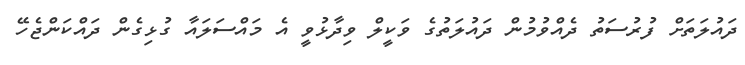
ދައުލަތަށް ފުރުސަތު ދެއްވުމުން ދައުލަތުގެ ވަކީލް ވިދާޅުވީ އެ މައްސަލައާ ގުޅިގެން ދައްކަންޖެހޭ